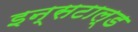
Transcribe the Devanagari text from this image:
इन्सटाल्ड